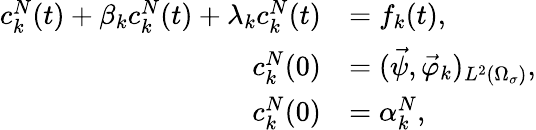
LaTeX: \begin{array}{rl}{c_{k}^{N}(t)+\beta_{k}c_{k}^{N}(t)+\lambda_{k}c_{k}^{N}(t)}&{=f_{k}(t),}\\ {c_{k}^{N}(0)}&{=(\vec{\psi},\vec{\varphi}_{k})_{L^{2}(\Omega_{\sigma})},}\\ {c_{k}^{N}(0)}&{=\alpha_{k}^{N},}\end{array}